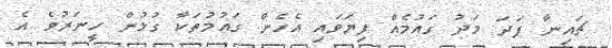
ޗައިނާ ފަދަ މަދު ގައުމެއް ފިޔަވައި އެހެން ގައުމުތަކާ ގުޅުން ހީނަރުވެ އެ